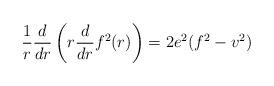
LaTeX: \begin{align*}\frac{1}{r}\frac{d}{dr}\left(r \frac{d}{dr} f^2(r)\right)=2 e^2 (f^2-v^2)\end{align*}